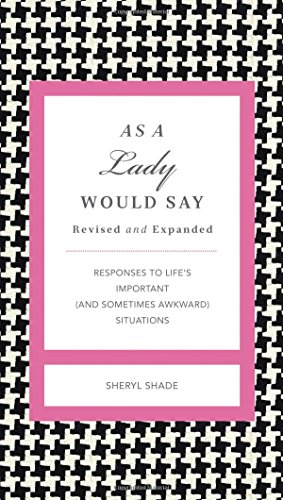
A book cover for As a Lady Would Say Revised and   Updated: Responses to Life's Important (and Sometimes Awkward) Situations (Gentlemanners); Sheryl Shade; Reference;